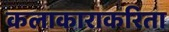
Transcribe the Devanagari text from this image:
कलाकाराकरिता